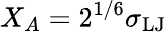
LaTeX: X_{A}=2^{1/6}\sigma_{\mathrm{LJ}}